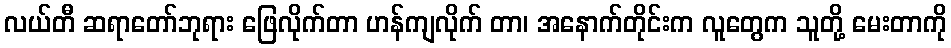
လယ်တီ ဆရာတော်ဘုရား ဖြေလိုက်တာ ဟန်ကျလိုက် တာ၊ အနောက်တိုင်းက လူတွေက သူတို့ မေးတာကို